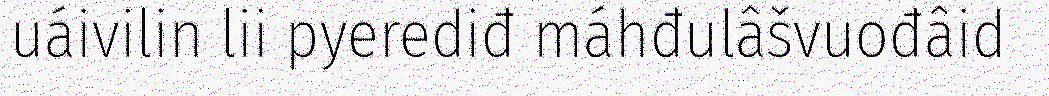
uáivilin lii pyerediđ máhđulâšvuođâid